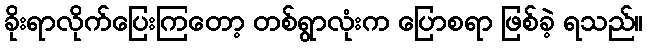
ခိုးရာလိုက်ပြေးကြတော့ တစ်ရွာလုံးက ပြောစရာ ဖြစ်ခဲ့ ရသည်။